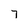
Character: 7